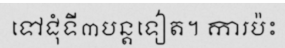
ទៅជុំទី៣បន្តទៀត។ ការប៉ះ